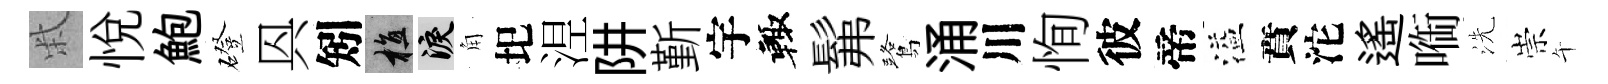
柴悦鮑磴㒷矧植泪角圯𣵀阱斳宇輙髴鷺涌川恂彼帝溢賁沱遙㗸洗崇午